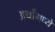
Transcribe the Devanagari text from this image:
अर्थांमध्ये